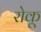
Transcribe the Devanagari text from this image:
रोकू